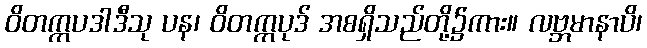
ဝိတက္ကပဒါဒီသု ပန၊ ဝိတက္ကပုဒ် အစရှိသည်တို့၌ကား။ လဗ္ဘမာနာပိ၊